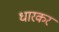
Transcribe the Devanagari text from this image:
धारकर